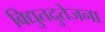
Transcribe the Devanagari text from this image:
विद्युतदुतेजना